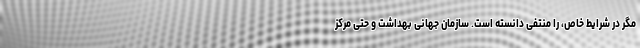
مگر در شرایط خاص، را منتفی دانسته است. سازمان جهانی بهداشت و حتی مرکز